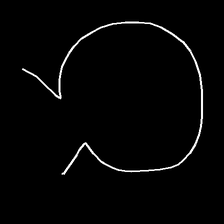
Glyph: weave